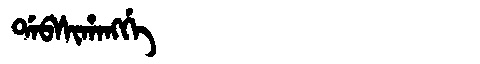
Manchu: ᡩᠠᠪᠰᡳᡥᠠᠩᡤᡝ
Romanization: DABSIHANGGE